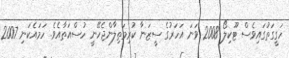
ހަގީގަތުގައިވެސް ޓޫކިލޯ 2008 ވަނަ އަހަރުގެ ސީޒަނާ ކުރިމަތިލާންޖެހޭނީ ހުސްއަތާއެވެ. ހަމައެކަނި 2007